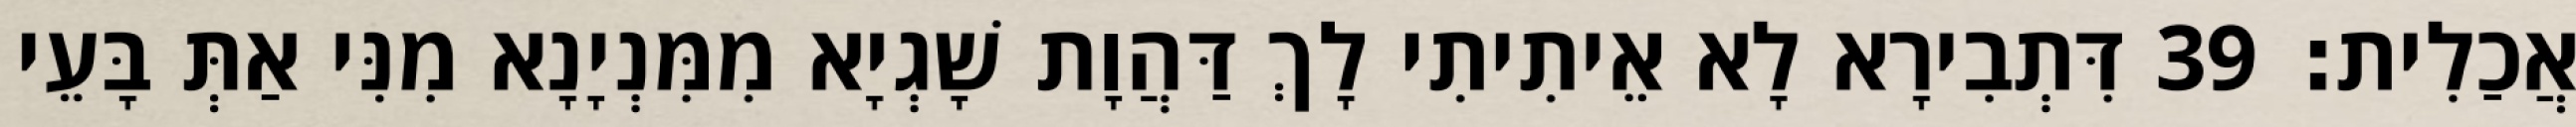
אֲכַלִית׃ 39 דִּתְבִירָא לָא אֵיתִיתִי לָךְ דַּהֲוָת שָׁגְיָא מִמִּנְיָנָא מִנִּי אַתְּ בָּעֵי